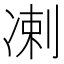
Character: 𫥑